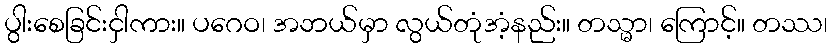
ပွါးစေခြင်းငှါကား။ ပဂေဝ၊ အဘယ်မှာ လွယ်တုံအံ့နည်း။ တသ္မာ၊ ကြောင့်။ တဿ၊